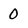
Character: 0